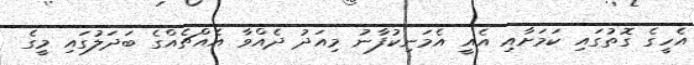
އެހީގެ ގޮތުގައި ކަމަށާއި އެއީ އެމަނިކުފާނު މިއަދު ދެއްވާ އެއްޗެއްގެ ބަދަލުގައި މީގެ